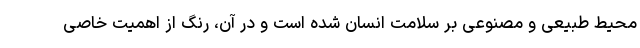
محیط طبیعی و مصنوعی بر سلامت انسان شده است و در آن، رنگ از اهمیت خاصی